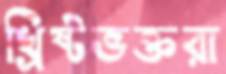
খ্রিষ্টভক্তরা